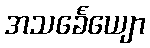
အသင်္ခေယျော